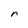
Character: r